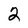
Character: 2